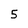
Character: 5